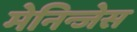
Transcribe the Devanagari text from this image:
मेनिन्जेस